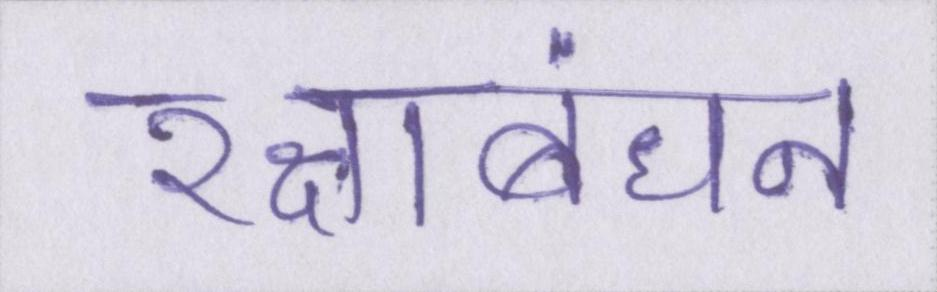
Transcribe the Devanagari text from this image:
रक्षाबंधन